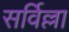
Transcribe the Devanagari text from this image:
सर्विल्ला